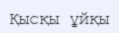
Қысқы ұйқы